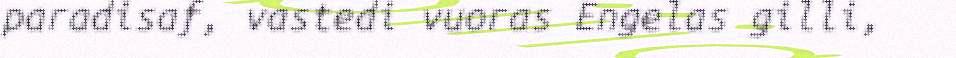
paradisaf, vastedi vuoras Engelas gilli,